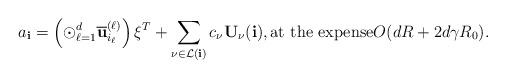
LaTeX: \begin{align*} a_{\bf i}= \left(\odot_{\ell=1}^d \overline{\bf u}^{(\ell)}_{i_\ell} \right) \xi^T + \sum_{\nu \in {\cal L}({\bf i})} c_\nu {\bf U}_\nu({\bf i}), \mbox{at the expense}O(d R + 2 d \gamma R_0).\end{align*}